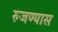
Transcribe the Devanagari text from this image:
रुजण्यास